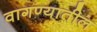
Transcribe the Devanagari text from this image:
वागण्यातील